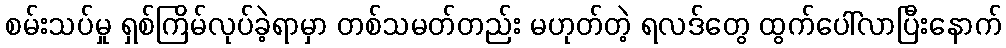
စမ်းသပ်မှု ရှစ်ကြိမ်လုပ်ခဲ့ရာမှာ တစ်သမတ်တည်း မဟုတ်တဲ့ ရလဒ်တွေ ထွက်ပေါ်လာပြီးနောက်